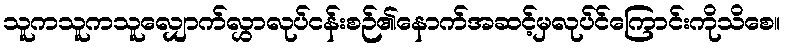
သူကသူကသူလျှောက်လွှာလုပ်ငန်းစဉ်၏နောက်အဆင့်မှလုပ်င်ကြောင်းကိုသိစေ။